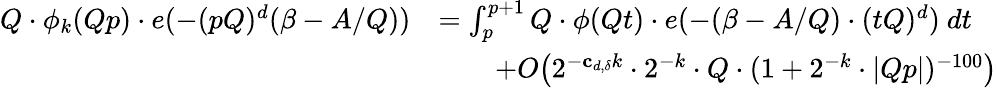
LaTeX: \begin{array}{rl}{Q\cdot\phi_{k}(Qp)\cdot e(-(pQ)^{d}(\beta-A/Q))}&{=\int_{p}^{p+1}Q\cdot\phi(Qt)\cdot e(-(\beta-A/Q)\cdot(tQ)^{d})\ dt}\\ &{\qquad+O\big(2^{-\mathbf{c}_{d,\delta}k}\cdot 2^{-k}\cdot Q\cdot(1+2^{-k}\cdot|Qp|)^{-100}\big)}\end{array}